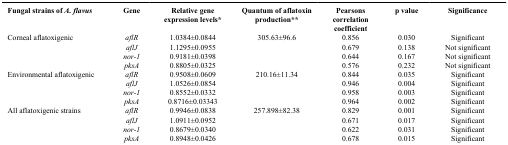
<table><thead><tr><td><b>Fungal strains of <i>A. flavus</i></b></td><td><b>Gene</b></td><td><b>Relative gene expression levels*</b></td><td><b>Quantum of aflatoxin production**</b></td><td><b>Pearsons correlation coefficient</b></td><td><b>p value</b></td><td><b>significance</b></td></tr></thead><tbody><tr><td>Corneal aflatoxigenic</td><td><i>aflR</i></td><td>1.0384±0.0844</td><td>305.63±96.6</td><td>0.856</td><td>0.030</td><td>Significant</td></tr><tr><td> </td><td><i>aflJ</i></td><td>1.1295±0.0955</td><td> </td><td>0.679</td><td>0.138</td><td>Not significant</td></tr><tr><td> </td><td><i>nor-1</i></td><td>0.9181±0.0398</td><td> </td><td>0.644</td><td>0.167</td><td>Not significant</td></tr><tr><td> </td><td><i>pksA</i></td><td>0.8805±0.0325</td><td> </td><td>0.576</td><td>0.232</td><td>Not significant</td></tr><tr><td>Environmental aflatoxigenic</td><td><i>aflR</i></td><td>0.9508±0.0609</td><td>210.16±11.34</td><td>0.844</td><td>0.035</td><td>Significant</td></tr><tr><td> </td><td><i>aflJ</i></td><td>1.0526±0.0854</td><td> </td><td>0.946</td><td>0.004</td><td>Significant</td></tr><tr><td> </td><td><i>nor-1</i></td><td>0.8552±0.0332</td><td> </td><td>0.958</td><td>0.003</td><td>Significant</td></tr><tr><td> </td><td><i>pksA</i></td><td>0.8716±0.03343</td><td> </td><td>0.964</td><td>0.002</td><td>Significant</td></tr><tr><td>All aflatoxigenic strains</td><td><i>aflR</i></td><td>0.9946±0.0838</td><td>257.898±82.38</td><td>0.829</td><td>0.001</td><td>Significant</td></tr><tr><td> </td><td><i>aflJ</i></td><td>1.0911±0.0952</td><td> </td><td>0.671</td><td>0.017</td><td>Significant</td></tr><tr><td> </td><td><i>nor-1</i></td><td>0.8679±0.0340</td><td> </td><td>0.622</td><td>0.031</td><td>Significant</td></tr><tr><td> </td><td><i>pksA</i></td><td>0.8948±0.0426</td><td> </td><td>0.678</td><td>0.015</td><td>Significant</td></tr></tbody></table>